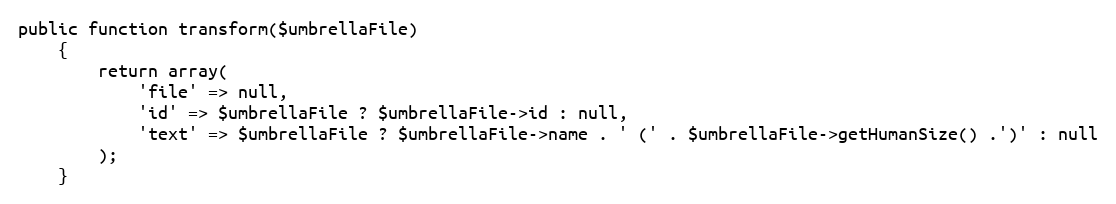
Language: PHP
public function transform($umbrellaFile)
    {
        return array(
            'file' => null,
            'id' => $umbrellaFile ? $umbrellaFile->id : null,
            'text' => $umbrellaFile ? $umbrellaFile->name . ' (' . $umbrellaFile->getHumanSize() .')' : null
        );
    }